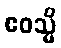
ဧဝသ္မိ